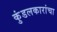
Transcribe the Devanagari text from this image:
कुंडलकारांचा